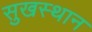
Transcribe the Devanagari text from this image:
सुखस्थान